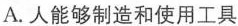
A.人能够制造和使用工具